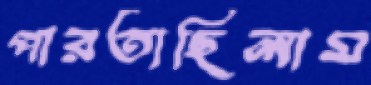
পারতাছিলাম